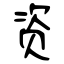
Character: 资